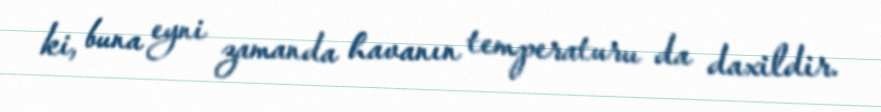
ki, buna eyni zamanda havanın temperaturu da daxildir.